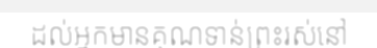
ដល់អ្នកមានគុណទាន់ព្រះរស់នៅ